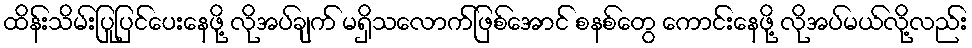
ထိန်းသိမ်းပြုပြင်ပေးနေဖို့ လိုအပ်ချက် မရှိသလောက်ဖြစ်အောင် စနစ်တွေ ကောင်းနေဖို့ လိုအပ်မယ်လို့လည်း